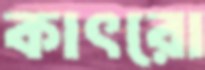
কাৎরো